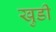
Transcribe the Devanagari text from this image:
खुडी